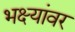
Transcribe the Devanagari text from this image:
भक्ष्यांवर